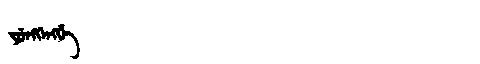
Manchu: ᠶᡠᠩᡴᡝᠩᡤᡝ
Romanization: YUNGKENGGE